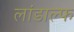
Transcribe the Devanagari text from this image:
लांडाल्फ